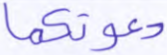
دعوتكما